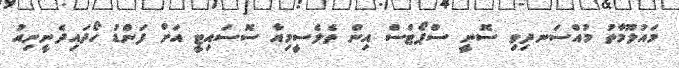
މައުލޫމާތު މުއްސަނދިވި ސޮނީ ސްޕޯޓްސް އިން ތެލެސީމިއާ ސޮސައިޓީ އަށް ފަންޑު ހޯދައިދެނީނިއު